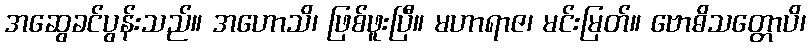
အဆွေခင်ပွန်းသည်။ အဟောသိ၊ ဖြစ်ဖူးပြီ။ မဟာရာဇ၊ မင်းမြတ်။ ဗောဓိသတ္တောပိ၊